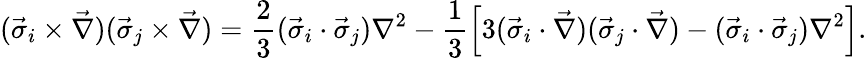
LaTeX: (\vec{\sigma}_{i}\times\vec{\nabla})(\vec{\sigma}_{j}\times\vec{\nabla})=\frac{2}{3}(\vec{\sigma}_{i}\cdot\vec{\sigma}_{j})\nabla^{2}-\frac{1}{3}\left[3(\vec{\sigma}_{i}\cdot\vec{\nabla})(\vec{\sigma}_{j}\cdot\vec{\nabla})-(\vec{\sigma}_{i}\cdot\vec{\sigma}_{j})\nabla^{2}\right].